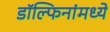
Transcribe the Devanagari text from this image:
डॉल्फिनांमध्ये